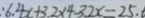
: 6 . 4 x + 3 . 2 \times 4 . 3 . 2 x = 2 5 . 6